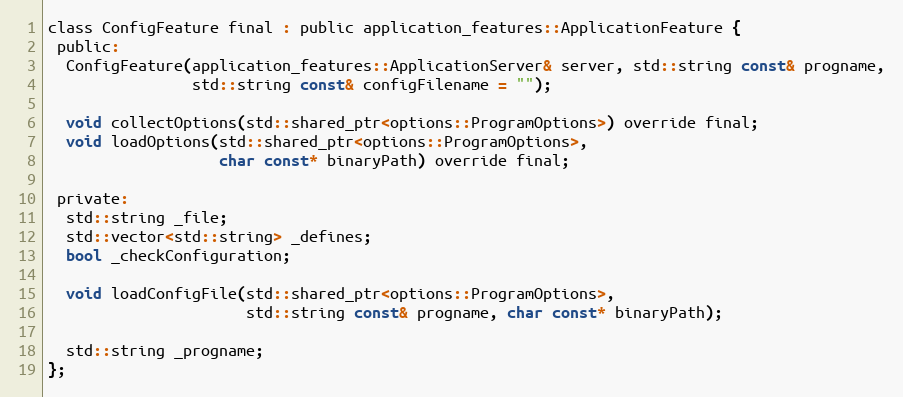
Language: C
class ConfigFeature final : public application_features::ApplicationFeature {
 public:
  ConfigFeature(application_features::ApplicationServer& server, std::string const& progname,
                std::string const& configFilename = "");

  void collectOptions(std::shared_ptr<options::ProgramOptions>) override final;
  void loadOptions(std::shared_ptr<options::ProgramOptions>,
                   char const* binaryPath) override final;

 private:
  std::string _file;
  std::vector<std::string> _defines;
  bool _checkConfiguration;

  void loadConfigFile(std::shared_ptr<options::ProgramOptions>,
                      std::string const& progname, char const* binaryPath);

  std::string _progname;
};